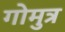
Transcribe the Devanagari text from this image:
गोमुत्र